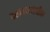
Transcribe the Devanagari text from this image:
दख्खनमधील